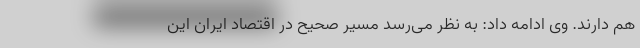
هم دارند. وی ادامه داد: به نظر می‌رسد مسیر صحیح در اقتصاد ایران این